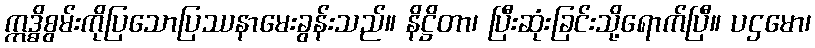
ဣဒ္ဓိစွမ်းကိုပြသောပြဿနာမေးခွန်းသည်။ နိဋ္ဌိတာ၊ ပြီးဆုံးခြင်းသို့ရောက်ပြီ။ ပဌမော၊